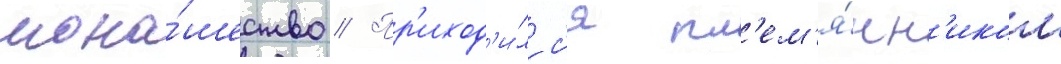
мона́шество // Пр'иход'и́лс'я пл'ем'я́нн'иком